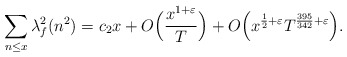
\begin{align*}\sum_{n \leq x}\lambda_f^2(n^2)=c_{2}x+O\Big(\frac{x^{1+\varepsilon}}{T}\Big)+O\Big(x^{\frac12 +\varepsilon}T^{\frac{395}{342}+\varepsilon}\Big).\end{align*}